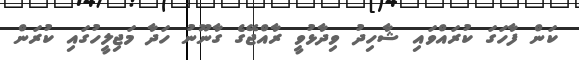
ކަން ފާހަގަ ކުރައްވައި ޝާހިދު ވިދާޅުވީ ރާއްޖޭގެ ގާނޫނު ހަދާ މަޖިލީހުގައި ކުރަން